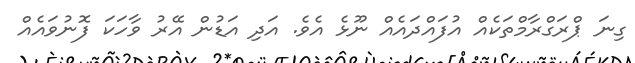
ގިނަ ޕްރަގްރާމްތަކެއް އުފައްދައެއް ނޫޅެ އެވެ. އަދި އަޑުން އޭރު ވާހަކަ ފޮނުވައެއް